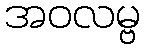
အဝလမ္ဗ